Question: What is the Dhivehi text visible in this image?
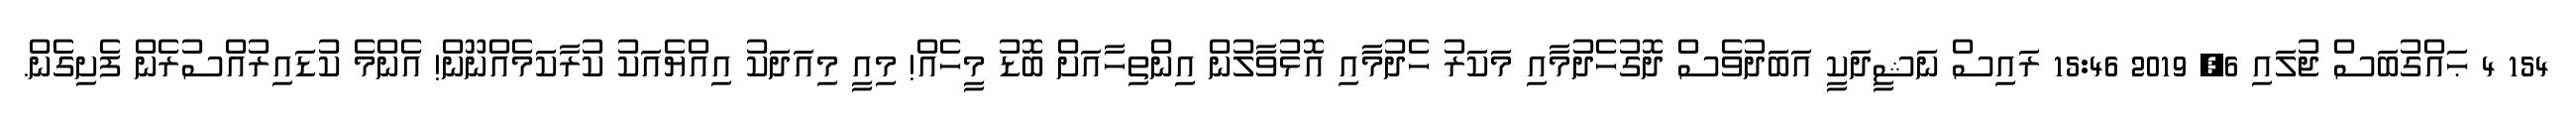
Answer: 154 4 ޙައްގުބަސް ޖުލައި 6, 2019 15:46 ރައިސް ނަޝީދަކީ އަބަދުވެސް ދޮގުހެދުމާއި މަކަރު ހެދުމާއި އޮޅުވާލުން އިންތިހާއަށް ބޮޑު މީހެއް! މިއީ މިއަދަކު އިއްޔެއަކު ކުރާކަމެއްނޫން! އެންމެ ކުޑައިރުއްސުރެން ފެށިގެން.